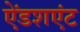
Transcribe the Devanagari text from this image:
ऐंडशएंट